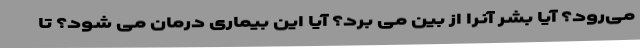
می‌رود؟ آیا بشر آنرا از بین می برد؟ آیا این بیماری درمان می شود؟ تا